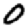
Digit: 0